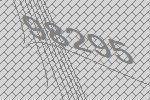
98295